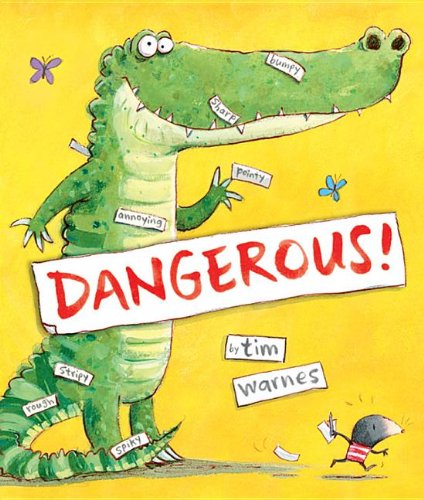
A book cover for Dangerous!; Tim Warnes; Children's Books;